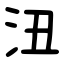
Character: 沑